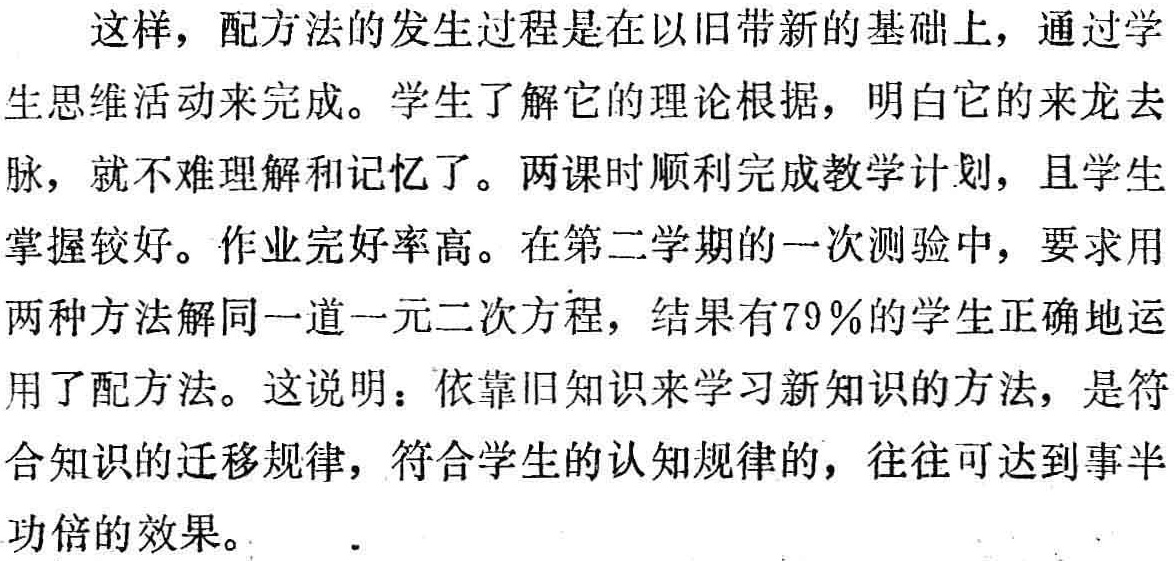
这样，配方法的发生过程是在以旧带新的基础上，通过学
生思维活动来完成。学生了解它的理论根据，明白它的来龙去
脉，就不难理解和记忆了。两课时顺利完成教学计划，且学生
掌握较好。作业完好率高。在第二学期的一次测验中，要求用
两种方法解同一道一元二次方程，结果有79％的学生正确地运
用了配方法。这说明：依靠旧知识来学习新知识的方法，是符
合知识的迁移规律，符合学生的认知规律的，往往可达到事半
功倍的效果。